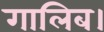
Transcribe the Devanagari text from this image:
गालिब।